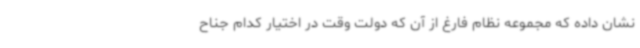
نشان داده که مجموعه نظام فارغ از آن که دولت وقت در اختیار کدام جناح